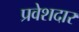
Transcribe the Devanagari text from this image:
प्रवेशदार